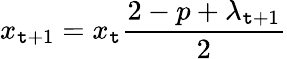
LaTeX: x_{\mathtt{t}+1}=x_{\mathtt{t}}{\frac{{2-p+\lambda_{\mathtt{t}+1}}}{{2}}}